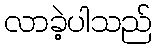
လာခဲ့ပါသည်